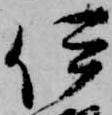
伊